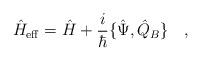
LaTeX: \begin{align*}\hat{H}_{\rm eff}=\hat{H}+\frac{i}{\hbar}\{\hat{\Psi},\hat{Q}_B\}\ \ \ ,\end{align*}